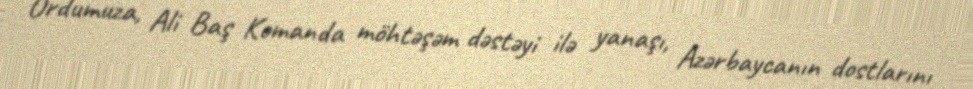
Ordumuza, Ali Baş Komanda möhtəşəm dəstəyi ilə yanaşı, Azərbaycanın dostlarını